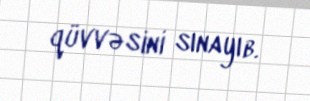
qüvvəsini sınayıb.